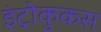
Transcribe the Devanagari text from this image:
इंट्रोकुकस